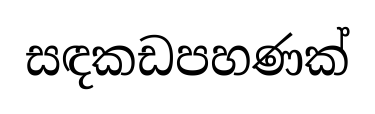
සඳකඩපහණක්